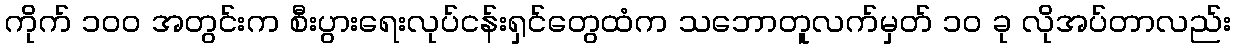
ကိုက် ၁၀၀ အတွင်းက စီးပွားရေးလုပ်ငန်းရှင်တွေထံက သဘောတူလက်မှတ် ၁၀ ခု လိုအပ်တာလည်း